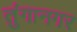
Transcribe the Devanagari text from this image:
तुंगानगर